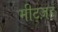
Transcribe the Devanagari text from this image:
मीट्ज़ह